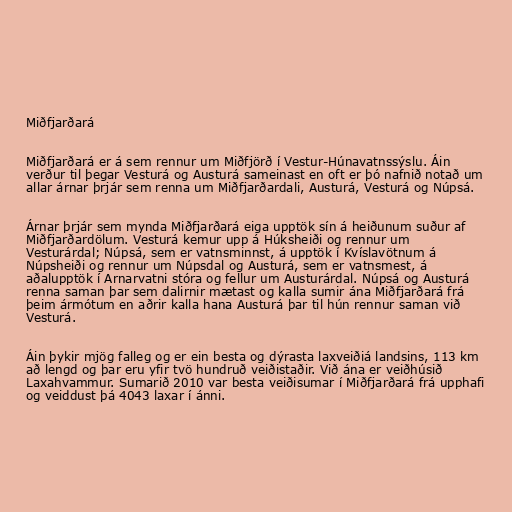
Miðfjarðará

Miðfjarðará er á sem rennur um Miðfjörð í Vestur-Húnavatnssýslu. Áin
verður til þegar Vesturá og Austurá sameinast en oft er þó nafnið notað um
allar árnar þrjár sem renna um Miðfjarðardali, Austurá, Vesturá og Núpsá.

Árnar þrjár sem mynda Miðfjarðará eiga upptök sín á heiðunum suður af
Miðfjarðardölum. Vesturá kemur upp á Húksheiði og rennur um
Vesturárdal; Núpsá, sem er vatnsminnst, á upptök í Kvíslavötnum á
Núpsheiði og rennur um Núpsdal og Austurá, sem er vatnsmest, á
aðalupptök í Arnarvatni stóra og fellur um Austurárdal. Núpsá og Austurá
renna saman þar sem dalirnir mætast og kalla sumir ána Miðfjarðará frá
þeim ármótum en aðrir kalla hana Austurá þar til hún rennur saman við
Vesturá.

Áin þykir mjög falleg og er ein besta og dýrasta laxveiðiá landsins, 113 km
að lengd og þar eru yfir tvö hundruð veiðistaðir. Við ána er veiðhúsið
Laxahvammur. Sumarið 2010 var besta veiðisumar í Miðfjarðará frá upphafi
og veiddust þá 4043 laxar í ánni.